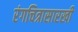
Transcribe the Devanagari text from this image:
रंगचित्रासारखी